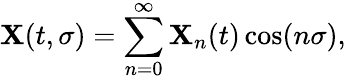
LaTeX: \mathbf{X}(t,\sigma)=\sum_{n=0}^{\infty}\mathbf{X}_{n}(t)\cos(n\sigma),